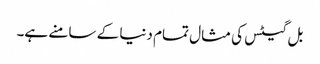
بل گیٹس کی مثال تمام دنیا کے سامنے ہے۔